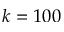
k = 1 0 0